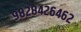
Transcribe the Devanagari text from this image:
९८२८४२६४६२